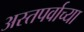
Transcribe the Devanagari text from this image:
अस्तपर्वाच्या